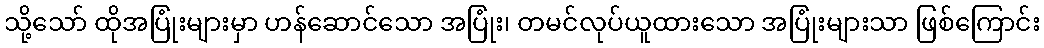
သို့သော် ထိုအပြုံးများမှာ ဟန်ဆောင်သော အပြုံး၊ တမင်လုပ်ယူထားသော အပြုံးများသာ ဖြစ်ကြောင်း